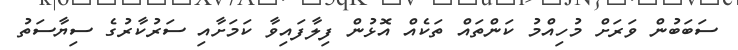
ސަބަބުން ވަރަށް މުހިއްމު ކަންތައް ތަކެއް އޮޅުން ފިލާފައިވާ ކަމަށާއި ސަރުކާރުގެ ސިޔާސަތު